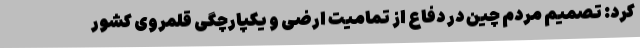
کرد: تصمیم مردم چین در دفاع از تمامیت ارضی و یکپارچگی قلمروی کشور